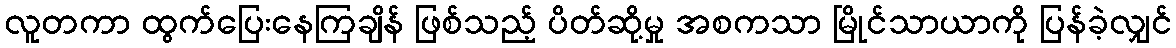
လူတကာ ထွက်ပြေးနေကြချိန် ဖြစ်သည့် ပိတ်ဆို့မှု အစကသာ မြိုင်သာယာကို ပြန်ခဲ့လျှင်